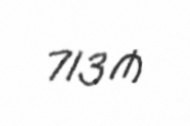
713 ₼